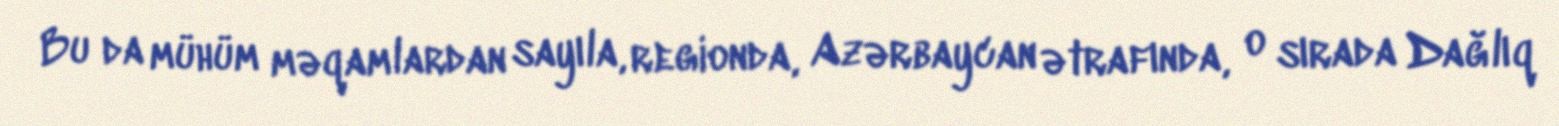
Bu da mühüm məqamlardan sayıla, regionda, Azərbaycan ətrafında, o sırada Dağlıq